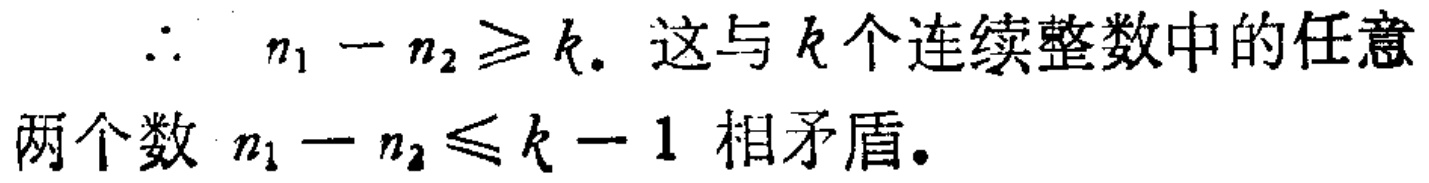
\(\therefore\ n_{1}-n_{2}\geqslant k.\) 这与 \(k\) 个连续整数中的任意两个数 \(n_{1}-n_{2}\leqslant k - 1\) 相矛盾.